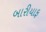
બારીયાફ